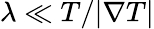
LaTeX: \lambda\ll T/|\nabla T|